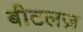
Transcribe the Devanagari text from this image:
बीटलज़